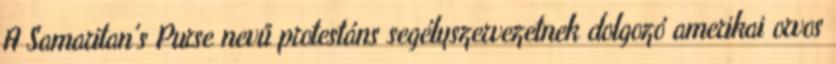
A Samaritan's Purse nevű protestáns segélyszervezetnek dolgozó amerikai orvos